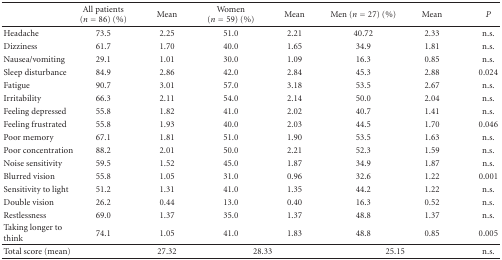
<table><thead><tr><td></td><td><b>All patients (<i>n</i> = 86) (%)</b></td><td><b>Mean</b></td><td><b>Women (<i>n</i> = 59) (%)</b></td><td><b>Mean</b></td><td><b>Men (<i>n</i> = 27) (%)</b></td><td><b>Mean</b></td><td><b><i>P</i></b></td></tr></thead><tbody><tr><td>Headache</td><td> 73.5</td><td>2.25</td><td> 51.0</td><td>2.21</td><td> 40.72</td><td>2.33</td><td>n.s.</td></tr><tr><td>Dizziness</td><td> 61.7</td><td>1.70</td><td> 40.0</td><td>1.65</td><td> 34.9</td><td>1.81</td><td>n.s.</td></tr><tr><td>Nausea/vomiting</td><td> 29.1</td><td>1.01</td><td> 30.0</td><td>1.09</td><td> 16.3</td><td>0.85</td><td>n.s.</td></tr><tr><td>Sleep disturbance</td><td> 84.9</td><td>2.86</td><td> 42.0</td><td>2.84</td><td> 45.3</td><td>2.88</td><td>0.024</td></tr><tr><td>Fatigue</td><td> 90.7</td><td>3.01</td><td> 57.0</td><td>3.18</td><td> 53.5</td><td>2.67</td><td>n.s.</td></tr><tr><td>Irritability</td><td> 66.3</td><td>2.11</td><td> 54.0</td><td>2.14</td><td> 50.0</td><td>2.04</td><td>n.s.</td></tr><tr><td>Feeling depressed</td><td> 55.8</td><td>1.82</td><td> 41.0</td><td>2.02</td><td> 40.7</td><td>1.41</td><td>n.s.</td></tr><tr><td>Feeling frustrated</td><td> 55.8</td><td>1.93</td><td> 40.0</td><td>2.03</td><td> 44.5</td><td>1.70</td><td>0.046</td></tr><tr><td>Poor memory</td><td> 67.1</td><td>1.81</td><td> 51.0</td><td>1.90</td><td> 53.5</td><td>1.63</td><td>n.s.</td></tr><tr><td>Poor concentration</td><td> 88.2</td><td>2.01</td><td> 50.0</td><td>2.21</td><td> 52.3</td><td>1.59</td><td>n.s.</td></tr><tr><td>Noise sensitivity</td><td> 59.5</td><td>1.52</td><td> 45.0</td><td>1.87</td><td> 34.9</td><td>1.87</td><td>n.s.</td></tr><tr><td>Blurred vision</td><td> 55.8</td><td>1.05</td><td> 31.0</td><td>0.96</td><td> 32.6</td><td>1.22</td><td>0.001</td></tr><tr><td>Sensitivity to light</td><td> 51.2</td><td>1.31</td><td> 41.0</td><td>1.35</td><td> 44.2</td><td>1.22</td><td>n.s.</td></tr><tr><td>Double vision</td><td> 26.2</td><td>0.44</td><td> 13.0</td><td>0.40</td><td> 16.3</td><td>0.52</td><td>n.s.</td></tr><tr><td>Restlessness</td><td> 69.0</td><td>1.37</td><td> 35.0</td><td>1.37</td><td> 48.8</td><td>1.37</td><td>n.s.</td></tr><tr><td>Taking longer to think</td><td> 74.1</td><td>1.05</td><td> 41.0</td><td>1.83</td><td> 48.8</td><td>0.85</td><td>0.005</td></tr><tr><td>Total score (mean)</td><td></td><td>27.32</td><td colspan="2">28.33</td><td colspan="2">25.15</td><td>n.s.</td></tr></tbody></table>